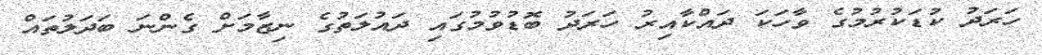
ހަރަދު ކުޑަކުރުމުގެ ވާހަކަ ދައްކާއިރު ހަރަދު ބޮޑުވުމުގައި ދައުލަތުގެ ނިޒާމަށް ގެންނަ ބަދަލުތައް